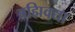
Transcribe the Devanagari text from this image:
ब्रह्मिवद्या